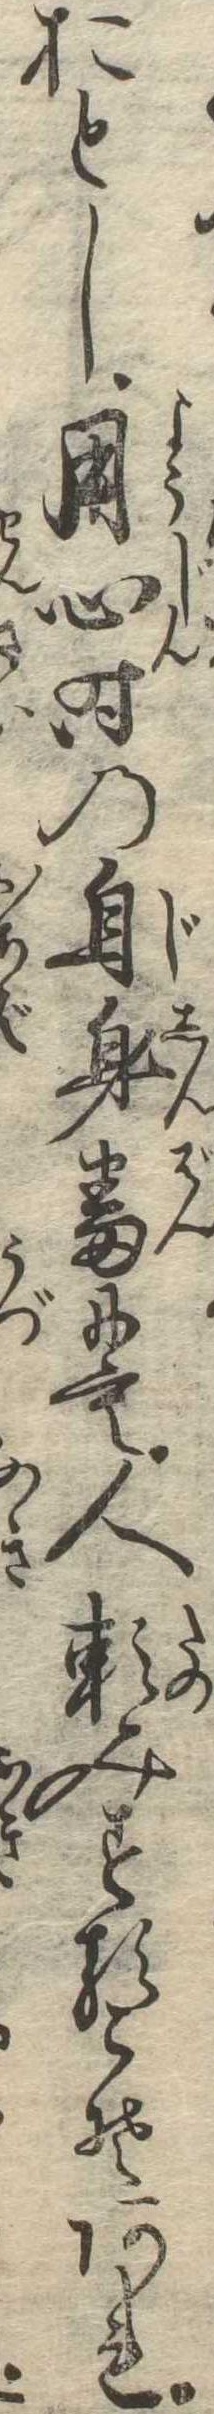
おとし用心時の自身番にも人頼みするこそあれ